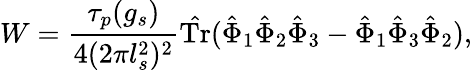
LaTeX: W=\frac{\tau_{p}(g_{s})}{4(2\pi l_{s}^{2})^{2}}\hat{\mathrm{Tr}}(\hat{\Phi}_{1}\hat{\Phi}_{2}\hat{\Phi}_{3}-\hat{\Phi}_{1}\hat{\Phi}_{3}\hat{\Phi}_{2}),